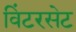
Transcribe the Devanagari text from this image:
विंटरसेट